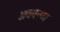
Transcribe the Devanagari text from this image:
अद्ययनरत